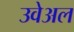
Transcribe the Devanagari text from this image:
उवेअल